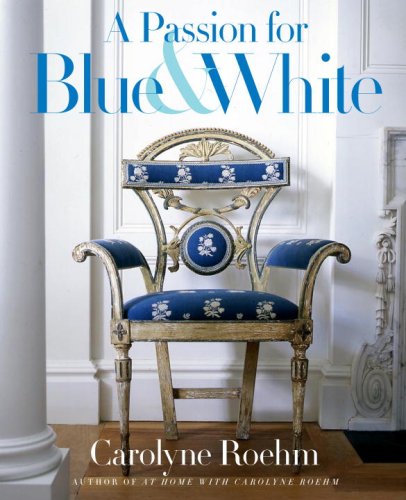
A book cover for A Passion for Blue and White; Carolyne Roehm; Arts & Photography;